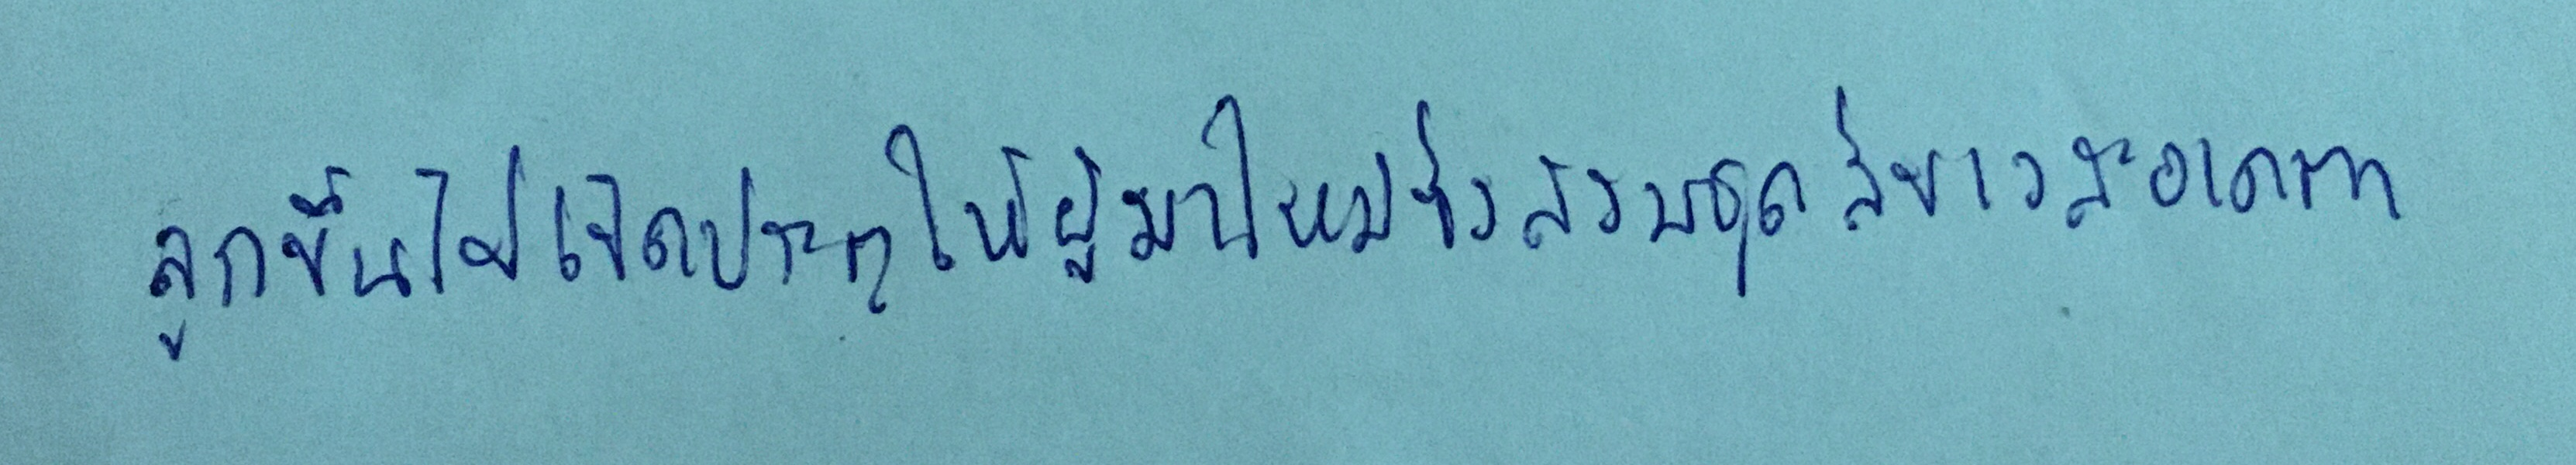
ลุกขึ้นไปเปิดประตูให้ผู้มาใหม่ซึ่งสวมชุดสีขาวสะอาดตา